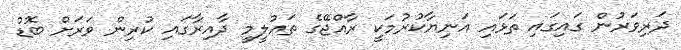
ދަރިވަރުން ގައިގައި ތަޅައި އަނިޔާކުރުމަކީ ރާއްޖޭގެ ތައުލީމީ ދާއިރާގައި ކުރިން ވަރަށް ބޮޑު